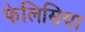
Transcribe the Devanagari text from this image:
फेलिसिया